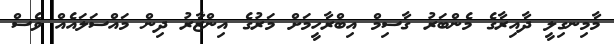
މާމިނގިލީ ދާއިރާގެ މެންބަރު ގާސިމް އިބްރާހީމަށް މަރުގެ އިންޒާރު ދިން މައްސަލައެއް ވެސް